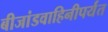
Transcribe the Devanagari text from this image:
बीजांडवाहिनीपर्यंत